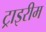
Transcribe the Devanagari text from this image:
ट्राइरीम